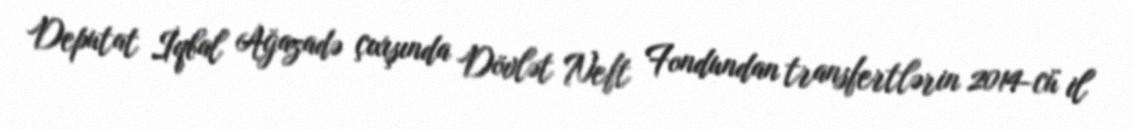
Deputat İqbal Ağazadə çıxışında Dövlət Neft Fondundan transfertlərin 2014-cü il